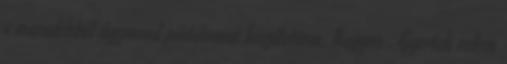
a maradékból úgymond pástétomot készítettem. Nagyon . Gyertek velem